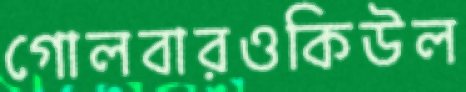
গোলবারওকিউল